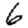
Digit: 6